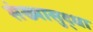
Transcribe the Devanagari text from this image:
संख्यासुद्धा